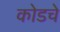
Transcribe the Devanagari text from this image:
कोडचे